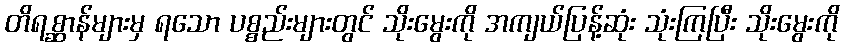
တိရစ္ဆာန်များမှ ရသော ပစ္စည်းများတွင် သိုးမွေးကို အကျယ်ပြန့်ဆုံး သုံးကြပြီး သိုးမွေးကို